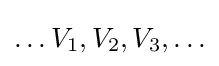
\ldots V_{1},V_{2},V_{3},\ldots